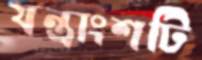
যন্ত্রাংশটি